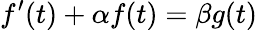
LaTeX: f^{\prime}(t)+\alpha f(t)=\beta g(t)